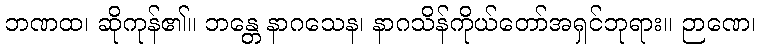
ဘဏထ၊ ဆိုကုန်၏။ ဘန္တေ နာဂသေန၊ နာဂသိန်ကိုယ်တော်အရှင်ဘုရား။ ဉာဏေ၊